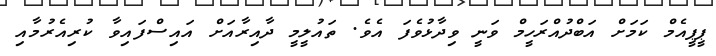
ޕީޕީއެމް ކަމަށް އަބްދުއްރަހީމް ވަނީ ވިދާޅުވެފަ އެވެ. ތައުލީމީ ދާއިރާއަށް އައިސްފައިވާ ކުރިއެރުމާއި